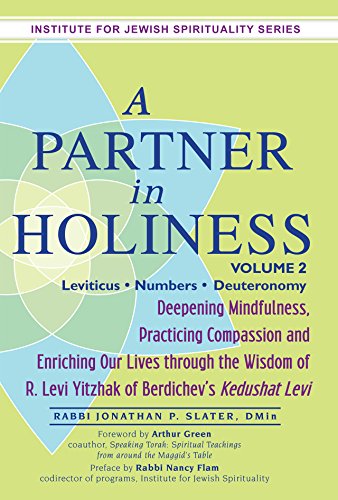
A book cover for A Partner in Holiness: Deepening Mindfulness, Practicing Compassion and Enriching Our Lives Through the Wisdom of R. Levi Yitzhak of Berdichev's, Vol. 2  (Institute for Jewish Spirituality); Rabbi Jonathan P. Slater DMin; Religion & Spirituality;